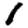
Digit: 1